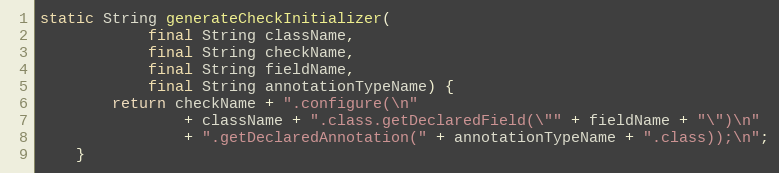
Language: Java
static String generateCheckInitializer(
            final String className,
            final String checkName,
            final String fieldName,
            final String annotationTypeName) {
        return checkName + ".configure(\n"
                + className + ".class.getDeclaredField(\"" + fieldName + "\")\n"
                + ".getDeclaredAnnotation(" + annotationTypeName + ".class));\n";
    }